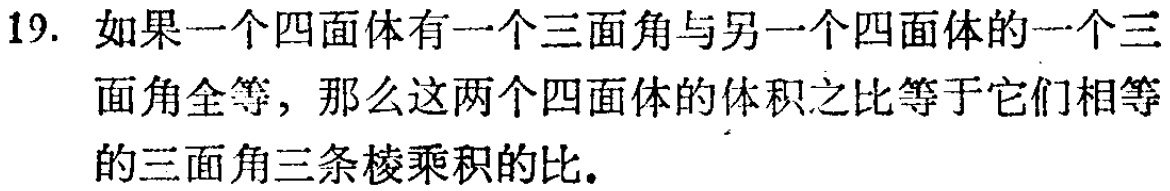
19. 如果一个四面体有一个三面角与另一个四面体的一个三面角全等，那么这两个四面体的体积之比等于它们相等的三面角三条棱乘积的比.